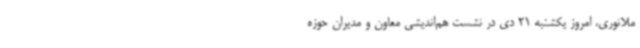
ملانوری، امروز یکشنبه 21 دی در نشست هم‌اندیشی معاون و مدیران حوزه